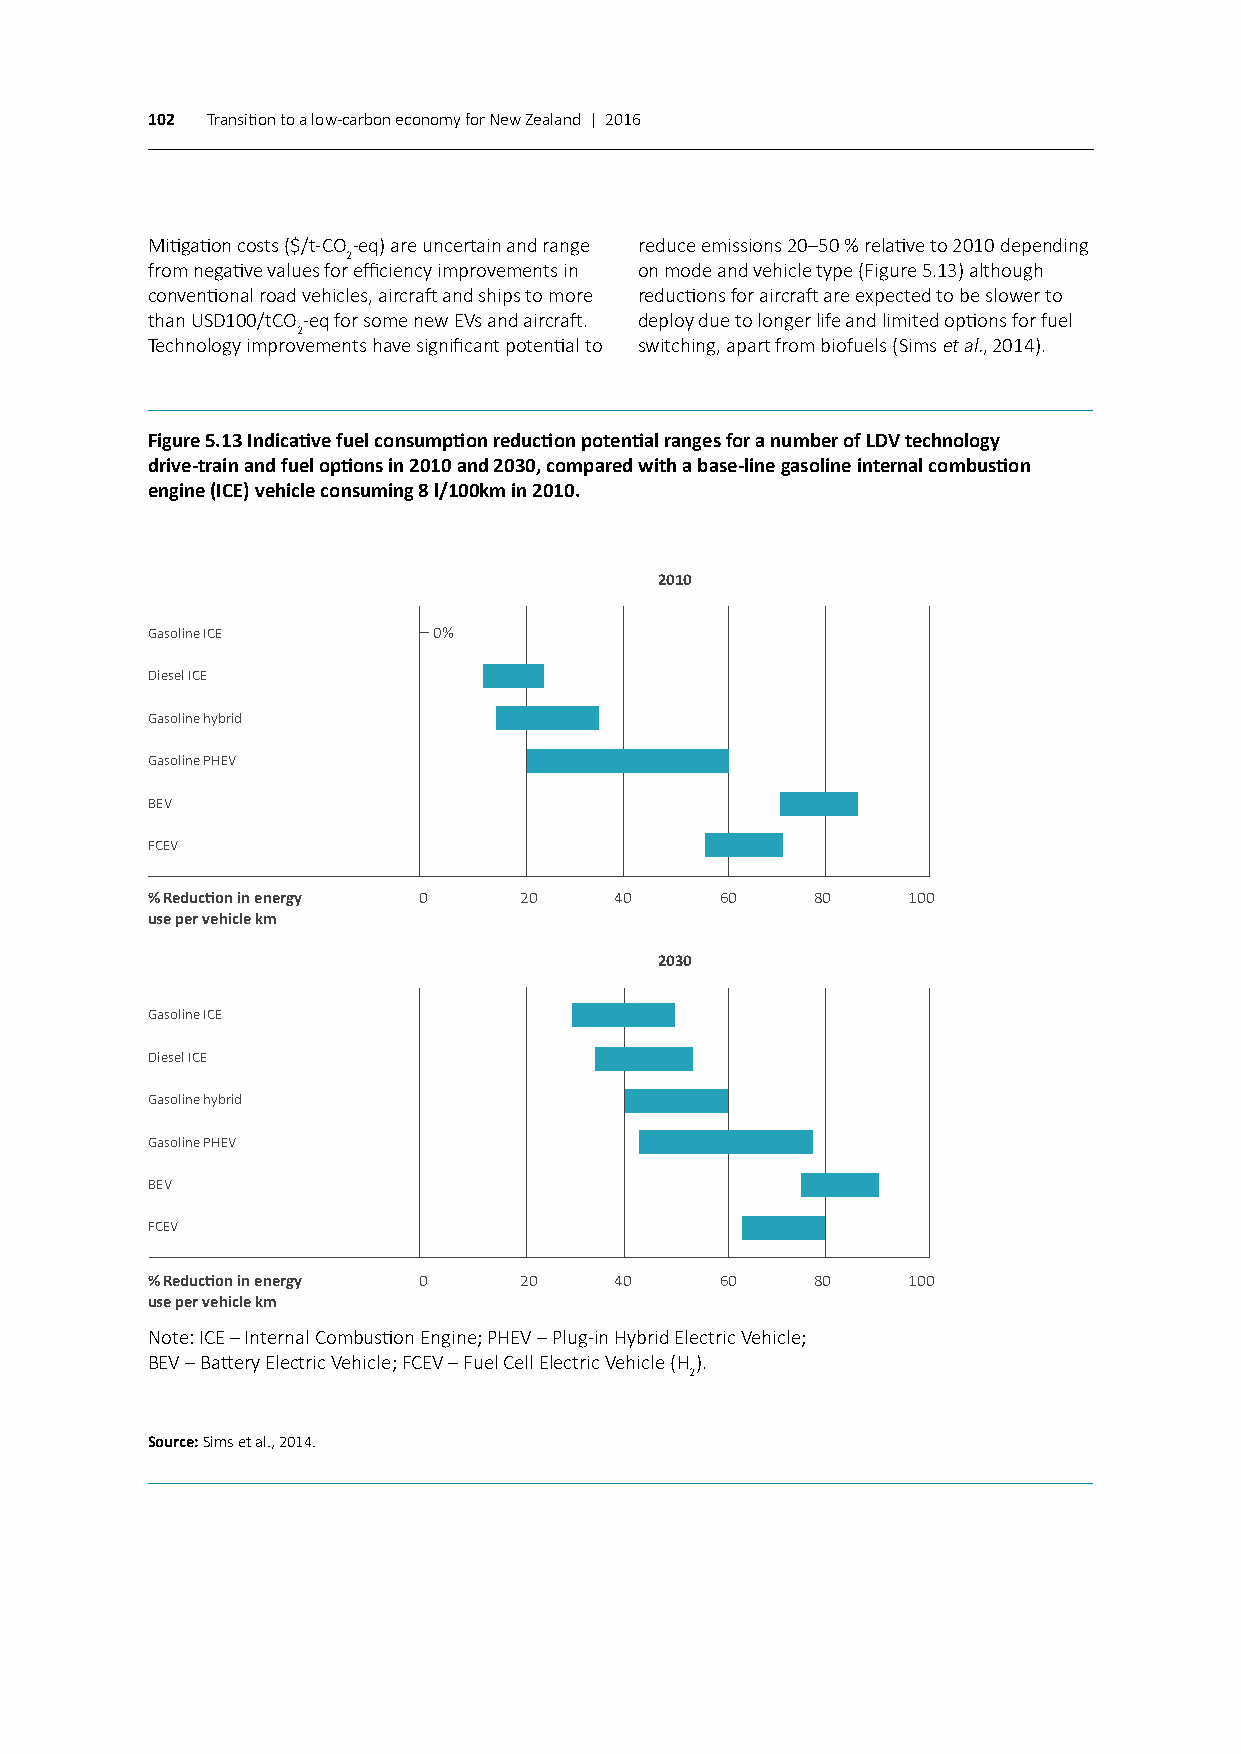
102 Transition to a low-carbon economy for New Zealand | 2016
 Mitigation costs ($/t-CO-eq) are uncertain and range reduce emissions 20–50 % relative to 2010 depending
 2
 from negative values for efficiency improvements in on mode and vehicle type (Figure 5.13) although
 conventional road vehicles, aircraft and ships to more reductions for aircraft are expected to be slower to
 than USD100/tCO-eq for some new EVs and aircraft. deploy due to longer life and limited options for fuel
 2
 Technology improvements have significant potential to switching, apart from biofuels (Sims et al., 2014).
 Figure 5.13 Indicative fuel consumption reduction potential ranges for a number of LDV technology
 drive-train and fuel options in 2010 and 2030, compared with a base-line gasoline internal combustion
 engine (ICE) vehicle consuming 8 l/100km in 2010.
 2010
 Gasoline ICE       0%
 Diesel ICE
 Gasoline hybrid
 Gasoline PHEV
 BEV
 FCEV
 % Reduction in energy 0 20     40     60    80    100
 use per vehicle km
 2030
 Gasoline ICE
 Diesel ICE
 Gasoline hybrid
 Gasoline PHEV
 BEV
 FCEV
 % Reduction in energy 0 20     40     60    80    100
 use per vehicle km
 Note: ICE – Internal Combustion Engine; PHEV – Plug-in Hybrid Electric Vehicle;
 BEV – Battery Electric Vehicle; FCEV – Fuel Cell Electric Vehicle (H).
 2
 Source: Sims et al., 2014.